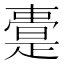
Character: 𭧢